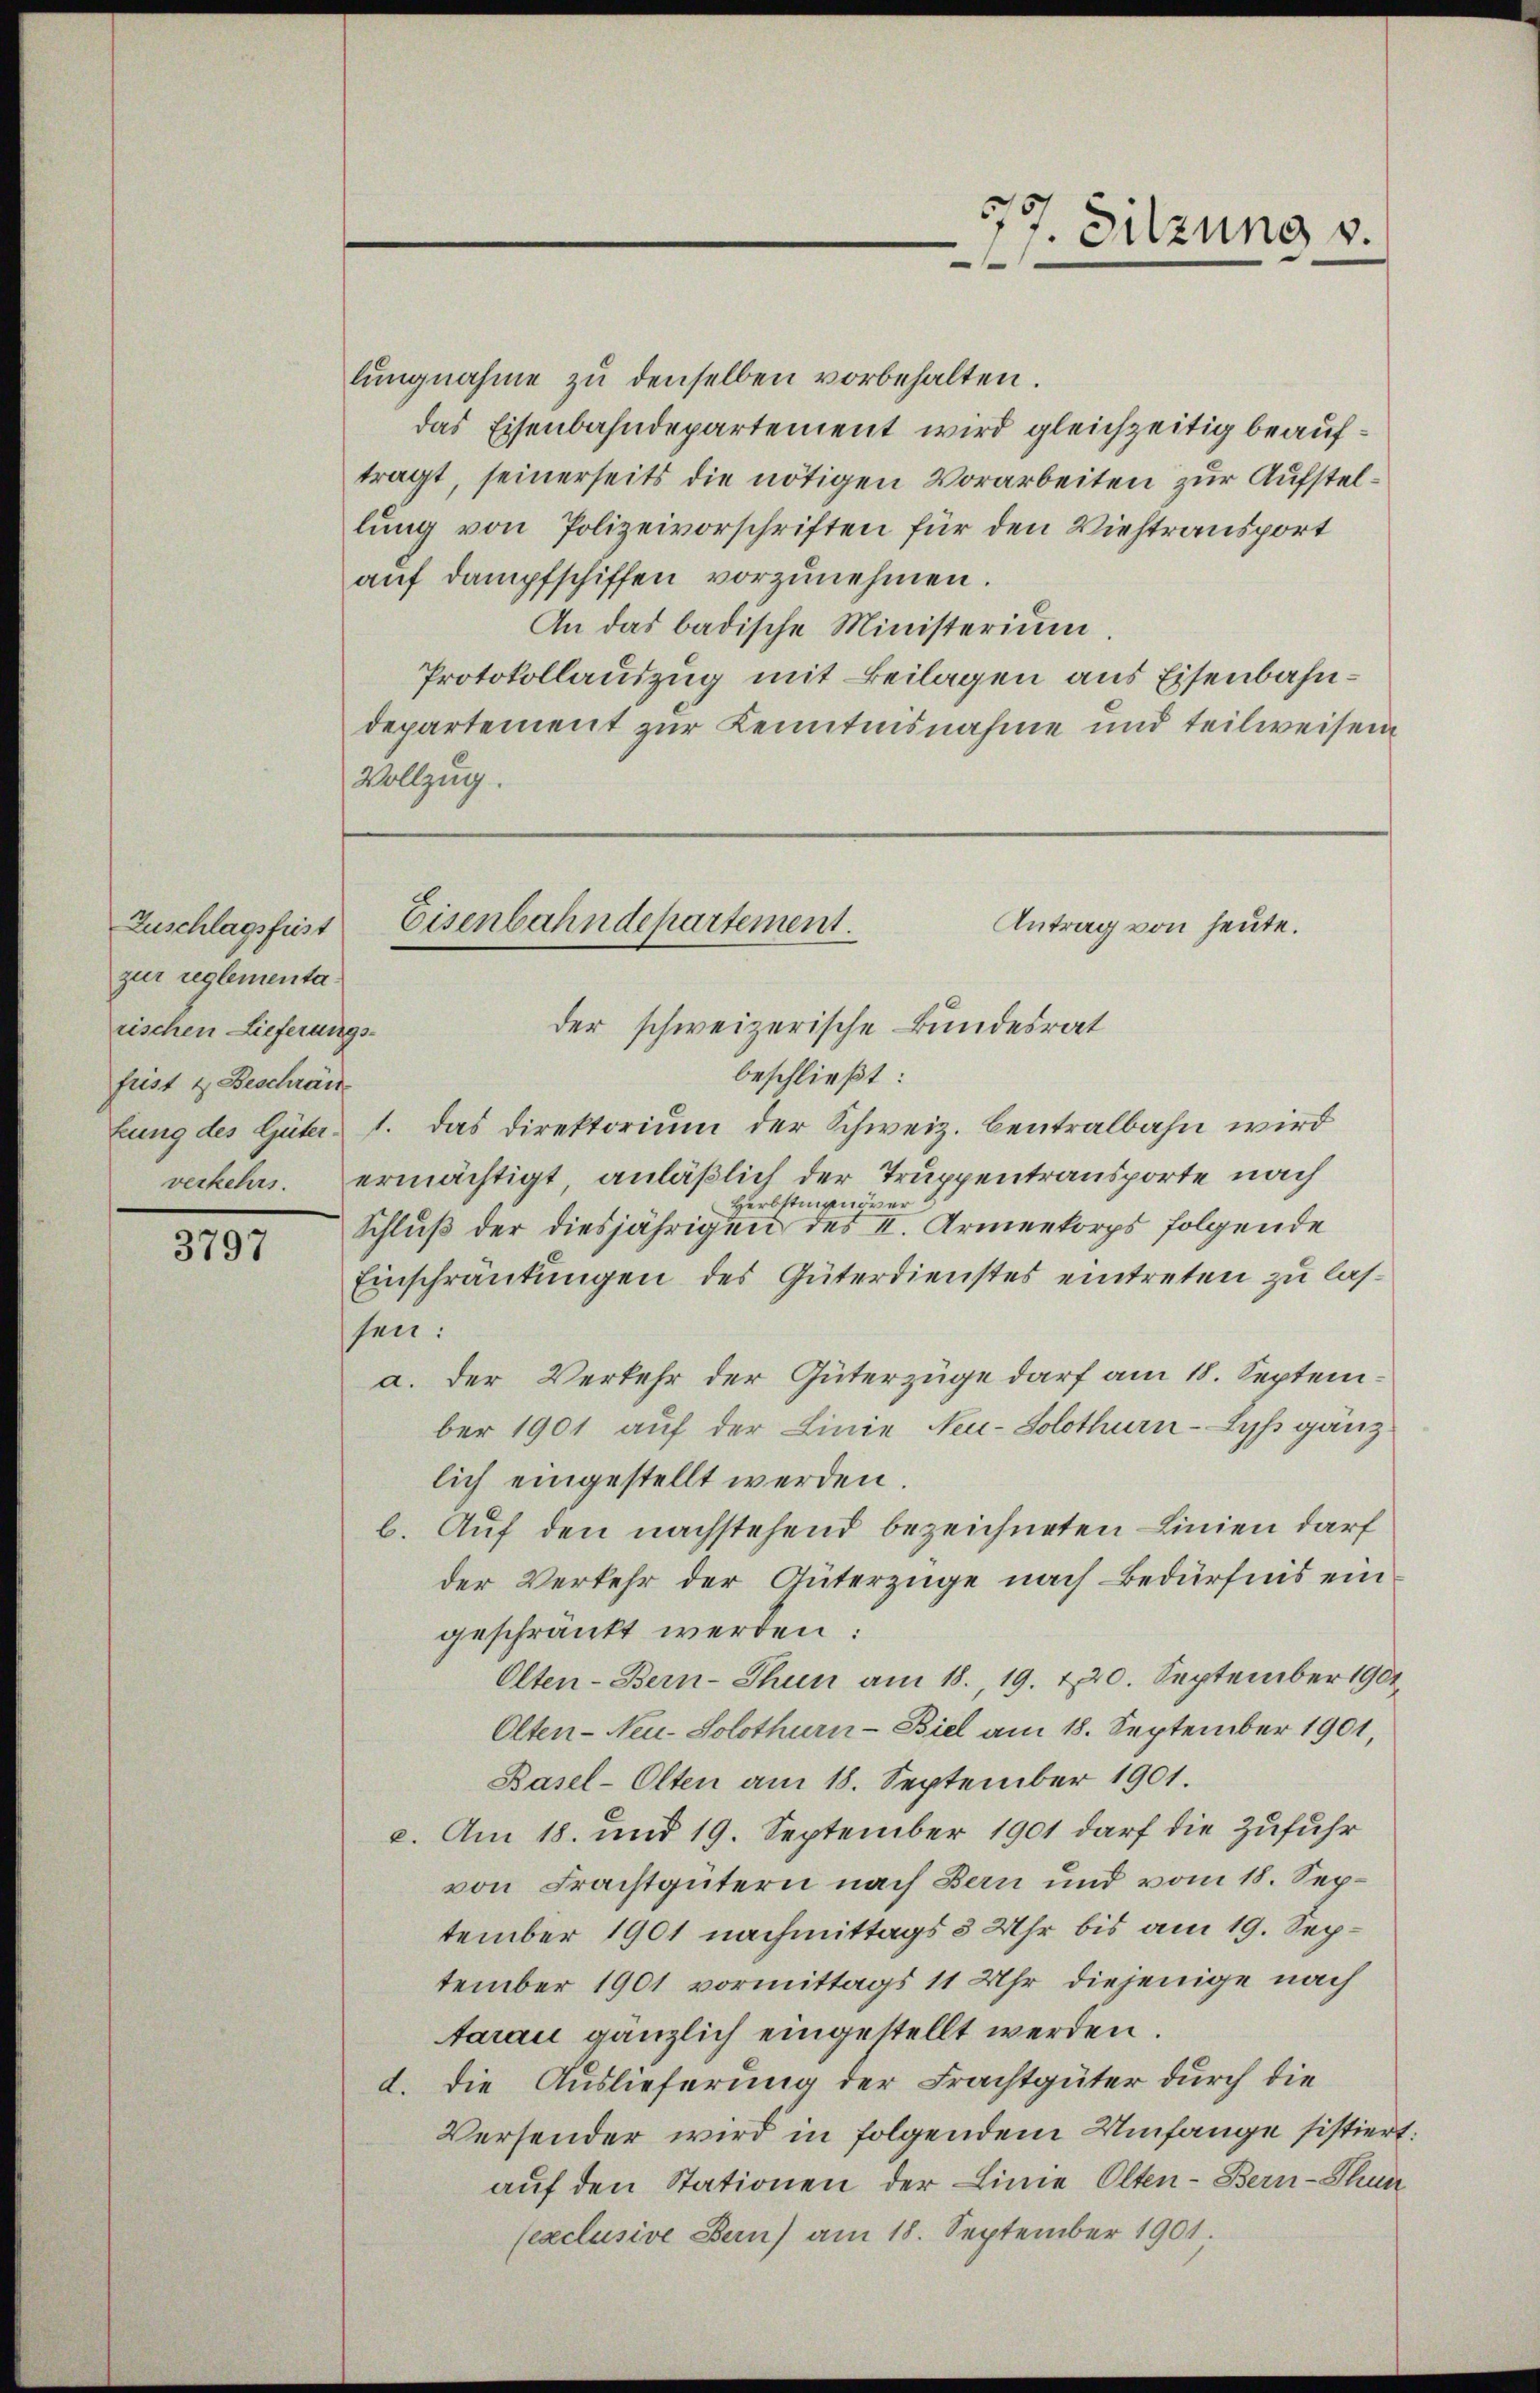
Zuschlagsfest
zur reglementarischen Lieferungs-
frist & Beschrän

3797

lŭngnahme zŭ denselben vorbehalten.
das Eisenbahndepartement wird gleichzeitig beauftragt, seinerseits die nötigen Vorarbeiten zur Aufstellung von Polizeivorschriften für den Viehtransport
aŭf dampfschiffen vorzunehmen.
An das badische Ministerium.
Protokollauszug mit Beilagen aus Eisenbahndepartement zur Kenntnisnahme und teilweisen
Vollzug.

7. Sitzung v.
2

Eisenbahndepartement.
Antrag von heute.
der schweizerische Bundesrat

beschließt:
lung des Güter, 1. das Direktorium der Schweiz. Centralbahn wird
verkehrs. ermächtigt anläßlich der Truppentransporte nach
Herbstingnöver
Schluß der diesjährigen des II. Armenkorps folgende
Einschränkungen des Güterdienstes eintreten zu lassen:
a. der Verkehr der Güterzüge darf am 18. September 1901 auf der Linie Neu-Solothurn-Lyp gänzlich eingestellt werden.
b. Auf den nachstehend bezeichneten Linien darf
der Verkehr der Güterzüge nach Bedürfnis eingeschränkt werden:
Olten-Bern-Thun am 18., 19. 220. September 1901
Olten-Neu-Solothurn-Biel am 18. September 1901,
Basel-Olten am 18. September 1901.
c. Am 18. und 19. September 1901 darf die Zufuhr
von Frachtgütern nach Bern und vom 18. September 1901 nachmittags 3 Uhr bis am 19. September 1901 vormittags 11 Uhr diejenige nach
tarau gänzlich eingestellt werden.
d. Die Auslieferung der Frachtgüter durch die
Versender wird in folgendem Umfange sistiert:
auf den Stationen der Linie Olten-Bern-Thur
sexclusive Bern) am 18. September 1901.